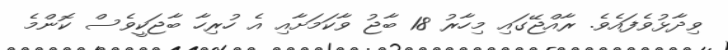
ވިދާޅުވެފައެވެ. ރާއްޖޭގައި މިހާރު 18 ބާޖު ވާކަމަށާއި އެ ހުރިހާ ބާޖަކީވެސް ކޮންމެ